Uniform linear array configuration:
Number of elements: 16
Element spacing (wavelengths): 1
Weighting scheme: uniform
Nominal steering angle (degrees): -30
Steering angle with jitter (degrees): -31.004
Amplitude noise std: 0.05
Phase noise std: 0.05

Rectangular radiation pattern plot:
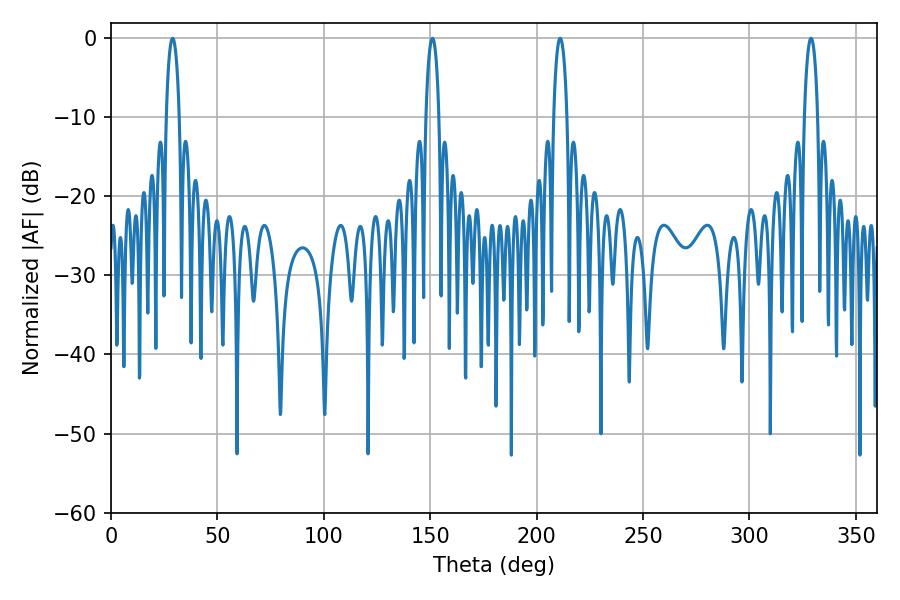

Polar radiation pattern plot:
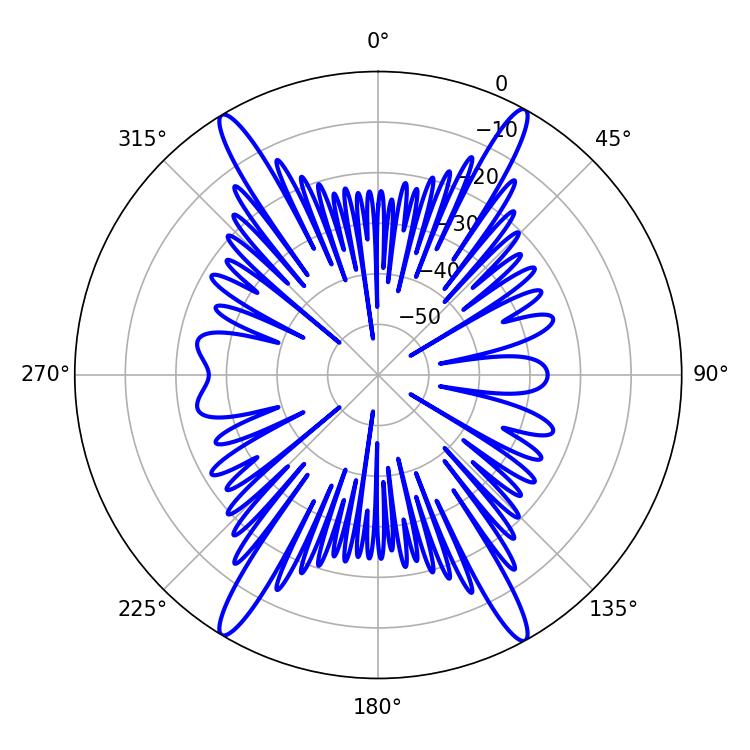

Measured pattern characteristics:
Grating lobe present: TRUE
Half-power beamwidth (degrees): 3.6
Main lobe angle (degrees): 28.98